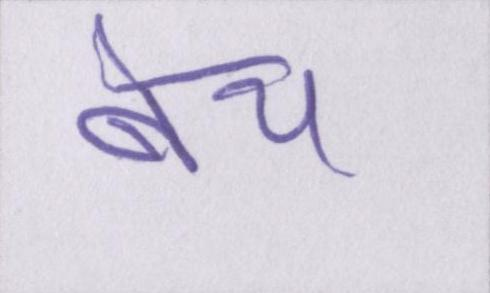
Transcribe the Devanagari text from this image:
बेच